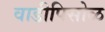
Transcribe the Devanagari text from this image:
वाडीपिसोळ